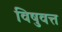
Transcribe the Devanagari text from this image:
विषुवत्त